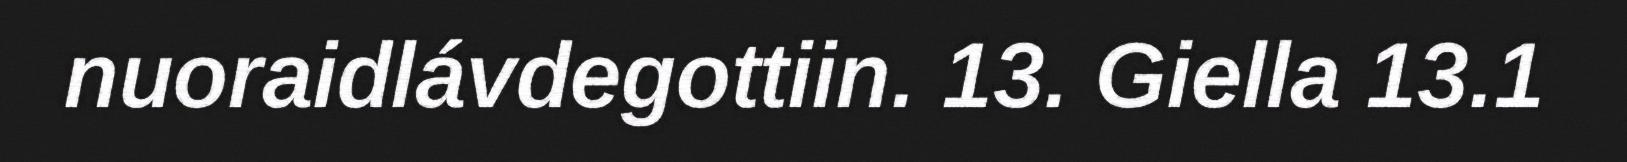
nuoraidlávdegottiin. 13. Giella 13.1